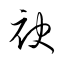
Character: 袂